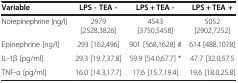
<table><thead><tr><td><b>Variable</b></td><td><b>LPS - TEA -</b></td><td><b>LPS + TEA -</b></td><td><b>LPS + TEA +</b></td></tr></thead><tbody><tr><td>Norepinephrine [ng/l]</td><td>2979 [2528,3826]</td><td>4543 [3750,5458]</td><td>5052 [2902,7252]</td></tr><tr><td>Epinephrine [ng/l]</td><td>293 [162,496]</td><td>901 [568,1628] #</td><td>614 [488,1078]</td></tr><tr><td>IL-1β [pg/ml]</td><td>29.3 [19.7,37.8]</td><td>59.9 [54.0,67.7] *</td><td>47.7 [32.0,57.5</td></tr><tr><td>TNF-α [pg/ml]</td><td>16.0 [14.3,17.7]</td><td>17.6 [15.7,19.4]</td><td>19.6 [18.0,25.8]</td></tr></tbody></table>